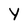
Character: Y